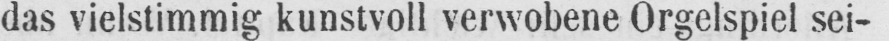
das vielstimmig kunstvoll verwobene Orgelspiel sei-